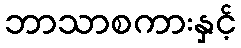
ဘာသာစကားနှင့်